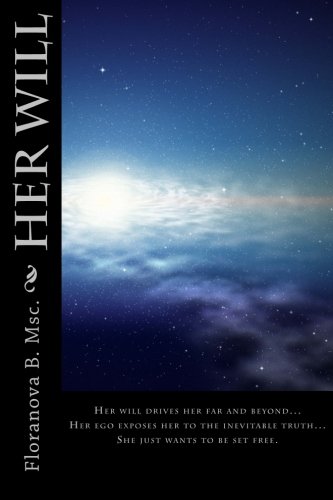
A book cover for Her Will: Her will drives her far and beyond... Ego exposes her to the inevitable truth... She just wants to be set free; Floranova B. Msc.; Literature & Fiction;